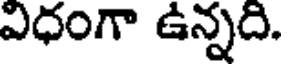
విధంగా ఉన్నది.